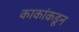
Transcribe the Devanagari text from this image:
काकांकडून